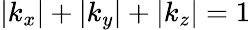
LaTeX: |k_{x}|+|k_{y}|+|k_{z}|=1